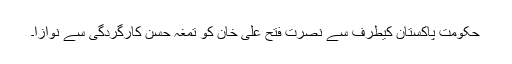
حکومت پاکستان کیطرف سے نصرت فتح علی خان کو تمغہ حسن کارگردگی سے نوازا۔